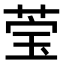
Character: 𬝄